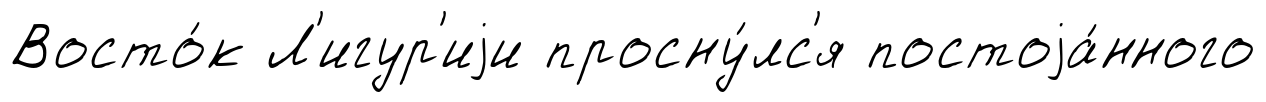
Восто́к Л'игур'иjи просну́лс'я постоjа́нного